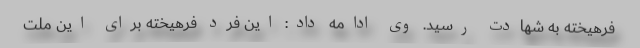
فرهیخته به شهادت رسید. وی ادامه داد: این فرد فرهیخته برای این ملت